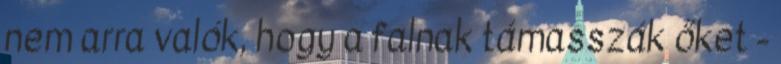
nem arra valók, hogy a falnak támasszák őket -